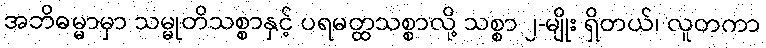
အဘိဓမ္မာမှာ သမ္မုတိသစ္စာနှင့် ပရမတ္ထသစ္စာလို့ သစ္စာ ၂-မျိုး ရှိတယ်၊ လူတကာ